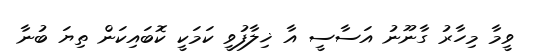
ވީމާ މިހާރު ގާނޫނު އަސާސީ އާ ޚިލާފުވީ ކަމަކީ ކޮބައިކަން ތިޔަ ބުނާ